Eesti_Rahvusfond, lk 29
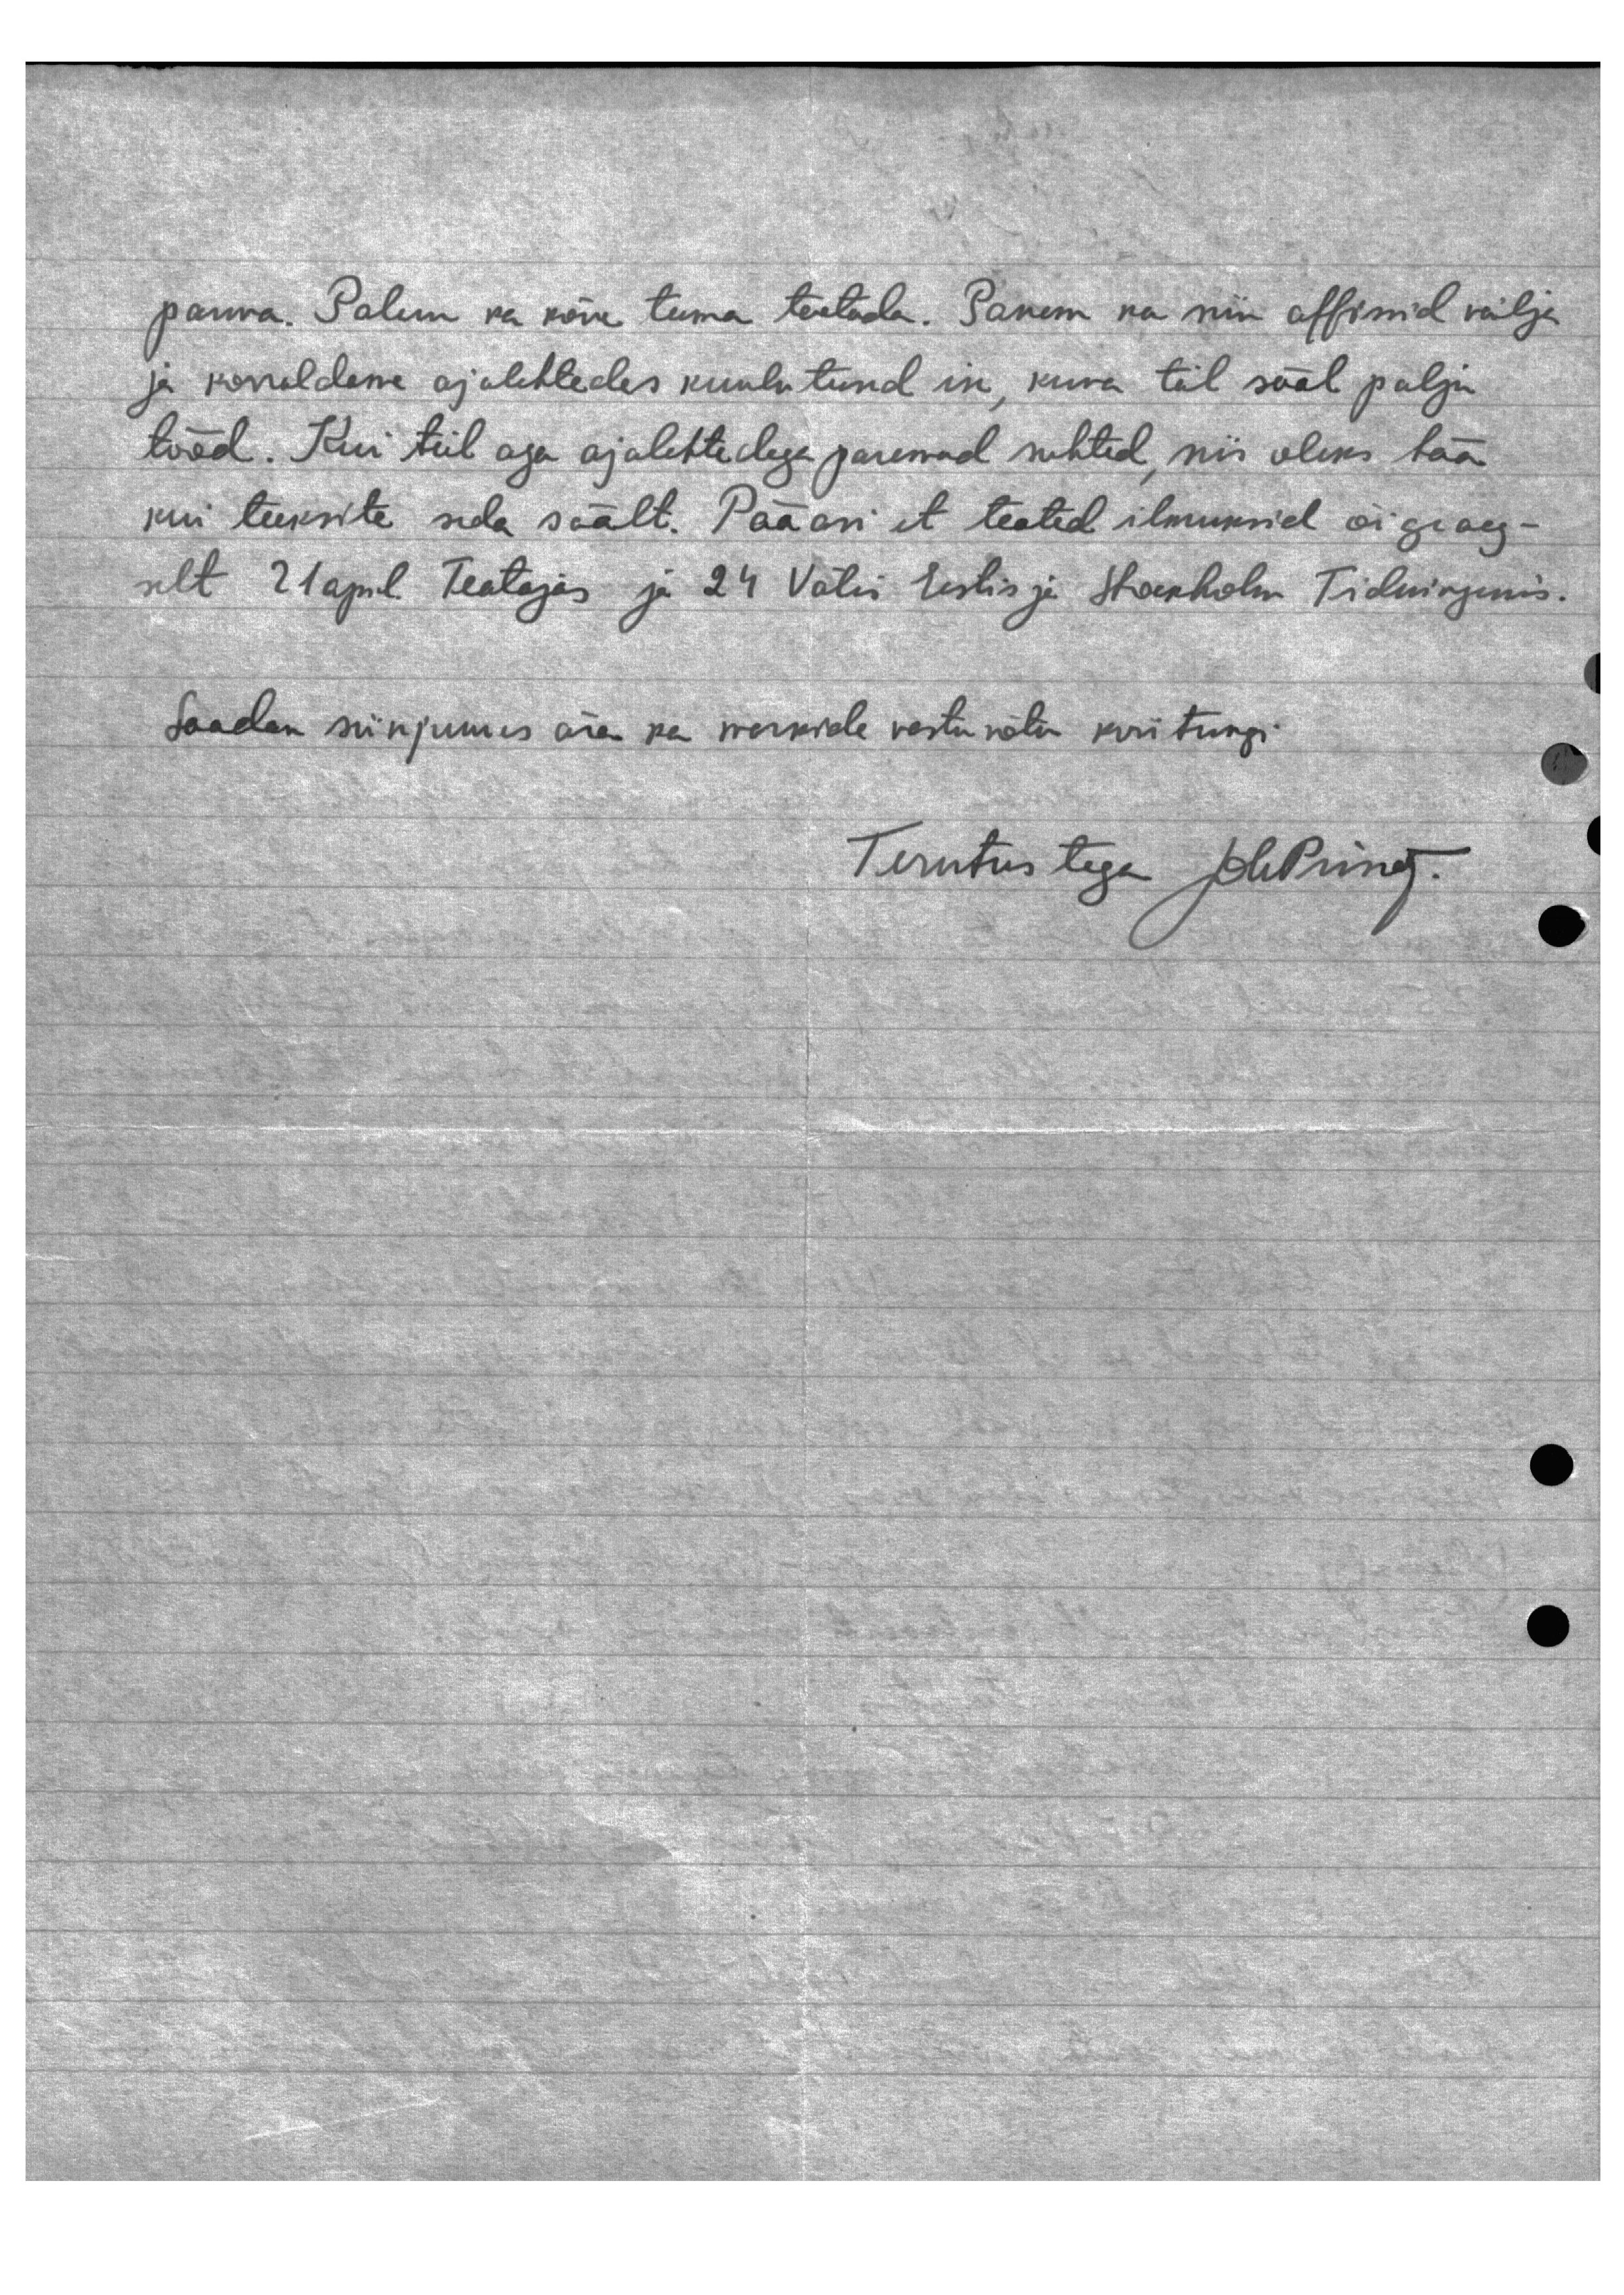
panna. Palun ka kõne teema teatada. Panen ka nii affinid välja
ja korraldesse ajalehtedes kuulutused in, kuna teil sääl palju
tööd. Kui teil aga ajalehtedega paremad suhtud, siis oleks hää
kui teeksite seda säält. Pääasi, et teated ilmuksid õigiaeg-
selt 21 april. Teatajas ja 24 Välis Eestis ja Stockholm Tidningenis.
Saadan siinjuures ära ka markide vastuvõtu kviitungi.
Tervitustega pleering.